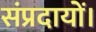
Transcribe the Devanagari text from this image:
संप्रदायों।